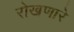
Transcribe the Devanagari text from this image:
रोखणारे